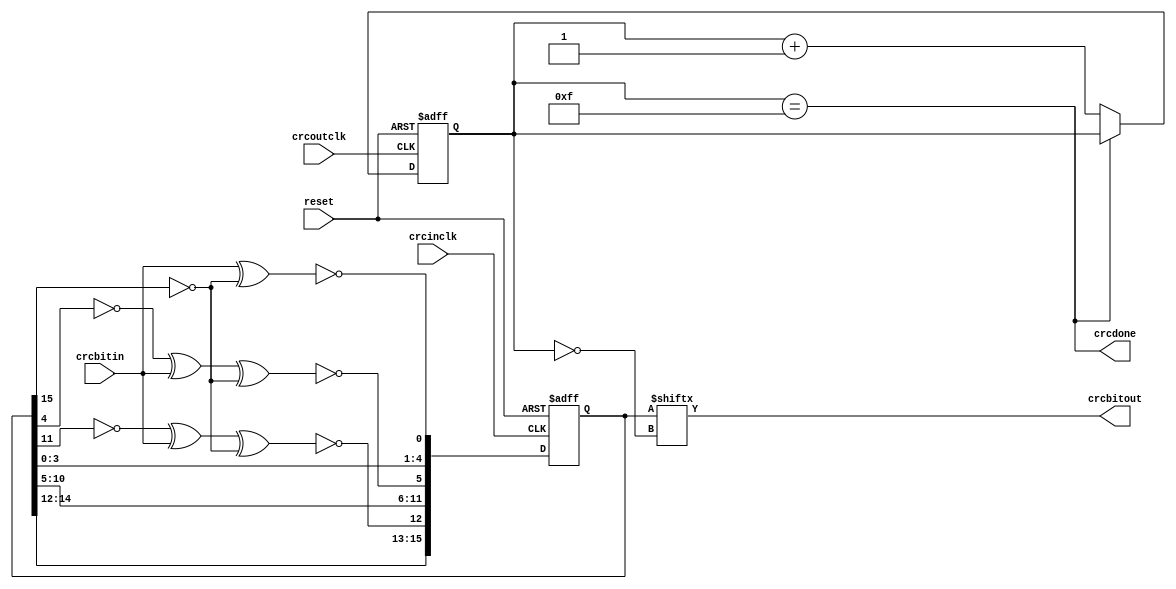
module crc16_3(reset, crcinclk, crcbitin, crcoutclk, crcbitout, crcdone);
input reset, crcinclk, crcbitin, crcoutclk;
output crcbitout, crcdone;
reg [15:0] crc;
reg [3:0] bitoutcounter;
wire crcdone;
assign crcbitout = crc[~bitoutcounter];
assign crcdone = (bitoutcounter == 15);
always @ (posedge crcoutclk or posedge reset) begin
  if (reset) begin
    bitoutcounter <= 0;
  end else if (!crcdone) begin
    bitoutcounter <= bitoutcounter + 4'd1;
  end 
end 
always @ (posedge crcinclk or posedge reset) begin
  if (reset) begin
    crc     <= 'h0000;
  end else begin
    crc[0]  <= ~(crcbitin ^ ~crc[15]);
    crc[1]  <= crc[0];
    crc[2]  <= crc[1];
    crc[3]  <= crc[2];
    crc[4]  <= crc[3];
    crc[5]  <= ~(~crc[4] ^ crcbitin ^ ~crc[15]);
    crc[6]  <= crc[5];
    crc[7]  <= crc[6];
    crc[8]  <= crc[7];
    crc[9]  <= crc[8];
    crc[10] <= crc[9];
    crc[11] <= crc[10];
    crc[12] <= ~(~crc[11] ^ crcbitin ^ ~crc[15]);
    crc[13] <= crc[12];
    crc[14] <= crc[13];
    crc[15] <= crc[14];
  end 
end 
endmodule